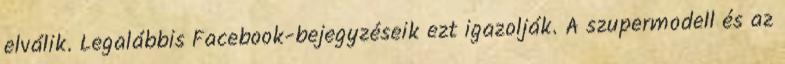
elválik. Legalábbis Facebook-bejegyzéseik ezt igazolják. A szupermodell és az